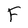
Character: F